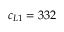
c _ { L 1 } = 3 3 2